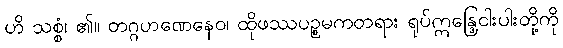
ဟိ သစ္စံ၊ ၏။ တဂ္ဂဟဏေနေဝ၊ ထိုဖဿပဉ္စမကတရား ရုပ်ဣန္ဒြေငါးပါးတို့ကို